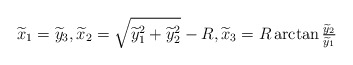
\begin{align*}\widetilde x_1=\widetilde y_3,\widetilde x_2=\sqrt{\widetilde y_1^2+\widetilde y_2^2} -R,\widetilde x_3= R\arctan \tfrac{\widetilde y_2}{\widetilde y_1}\end{align*}